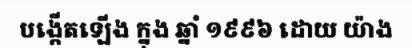
បង្កើតឡើង ក្នុង ឆ្នាំ ១៩៩៦ ដោយ យ៉ាង